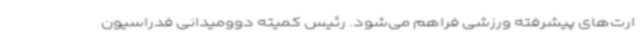
ارت‌های پیشرفته ورزشی فراهم می‌شود. رئیس کمیته دوومیدانی فدراسیون